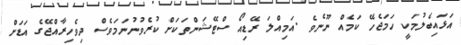
އަޅައިބެލުމަކީ ހަމަޖެހޭ ކަމެއް ނޫނެވެ .އަމިއްލަ ރޭޑިއޯ ސްޓޭޝަންތަކަށް ކުރެވުނުނަމަވެސް ދިވެހިރާއްޖޭގެ އަޑަށް